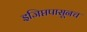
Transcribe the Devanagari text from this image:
इजिप्तपासूनच